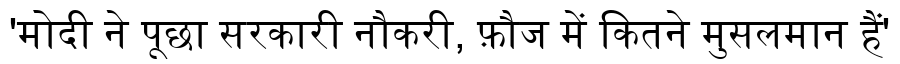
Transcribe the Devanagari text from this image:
'मोदी ने पूछा सरकारी नौकरी, फ़ौज में कितने मुसलमान हैं'